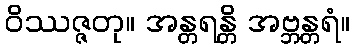
ဝိဿဇ္ဇတု။ အန္တရန္တိ အဗ္ဘန္တရံ။